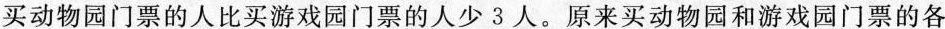
买动物园门票的人比买游戏园门票的人少3人。原来买动物园和游戏园门票的各